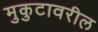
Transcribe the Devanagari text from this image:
मुकुटावरील